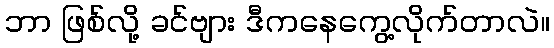
ဘာ ဖြစ်လို့ ခင်ဗျား ဒီကနေကွေ့လိုက်တာလဲ။